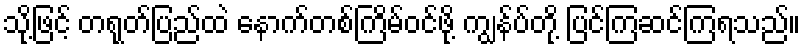
သို့ဖြင့် တရုတ်ပြည်ထဲ နောက်တစ်ကြိမ်ဝင်ဖို့ ကျွန်ပ်တို့ ပြင်ကြဆင်ကြရသည်။